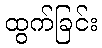
ထွက်ခြင်း